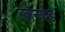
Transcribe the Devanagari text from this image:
कोनरड